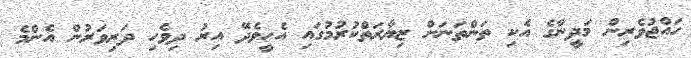
ހައްޖުވެރިން މަދީނާގެ އެކި ތަންތަނަށް ޒިޔާރަތްކުރުމުގައި އެހީވެދޭ އިރު ދިވެހި ދަރިވަރުން އެންމެ